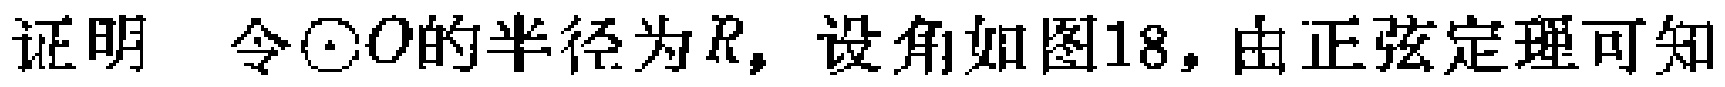
证明 令\(\odot O\)的半径为\(R\)，设角如图18，由正弦定理可知